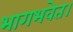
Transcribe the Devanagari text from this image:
भागभवेत।